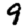
Digit: 9